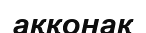
аққонақ